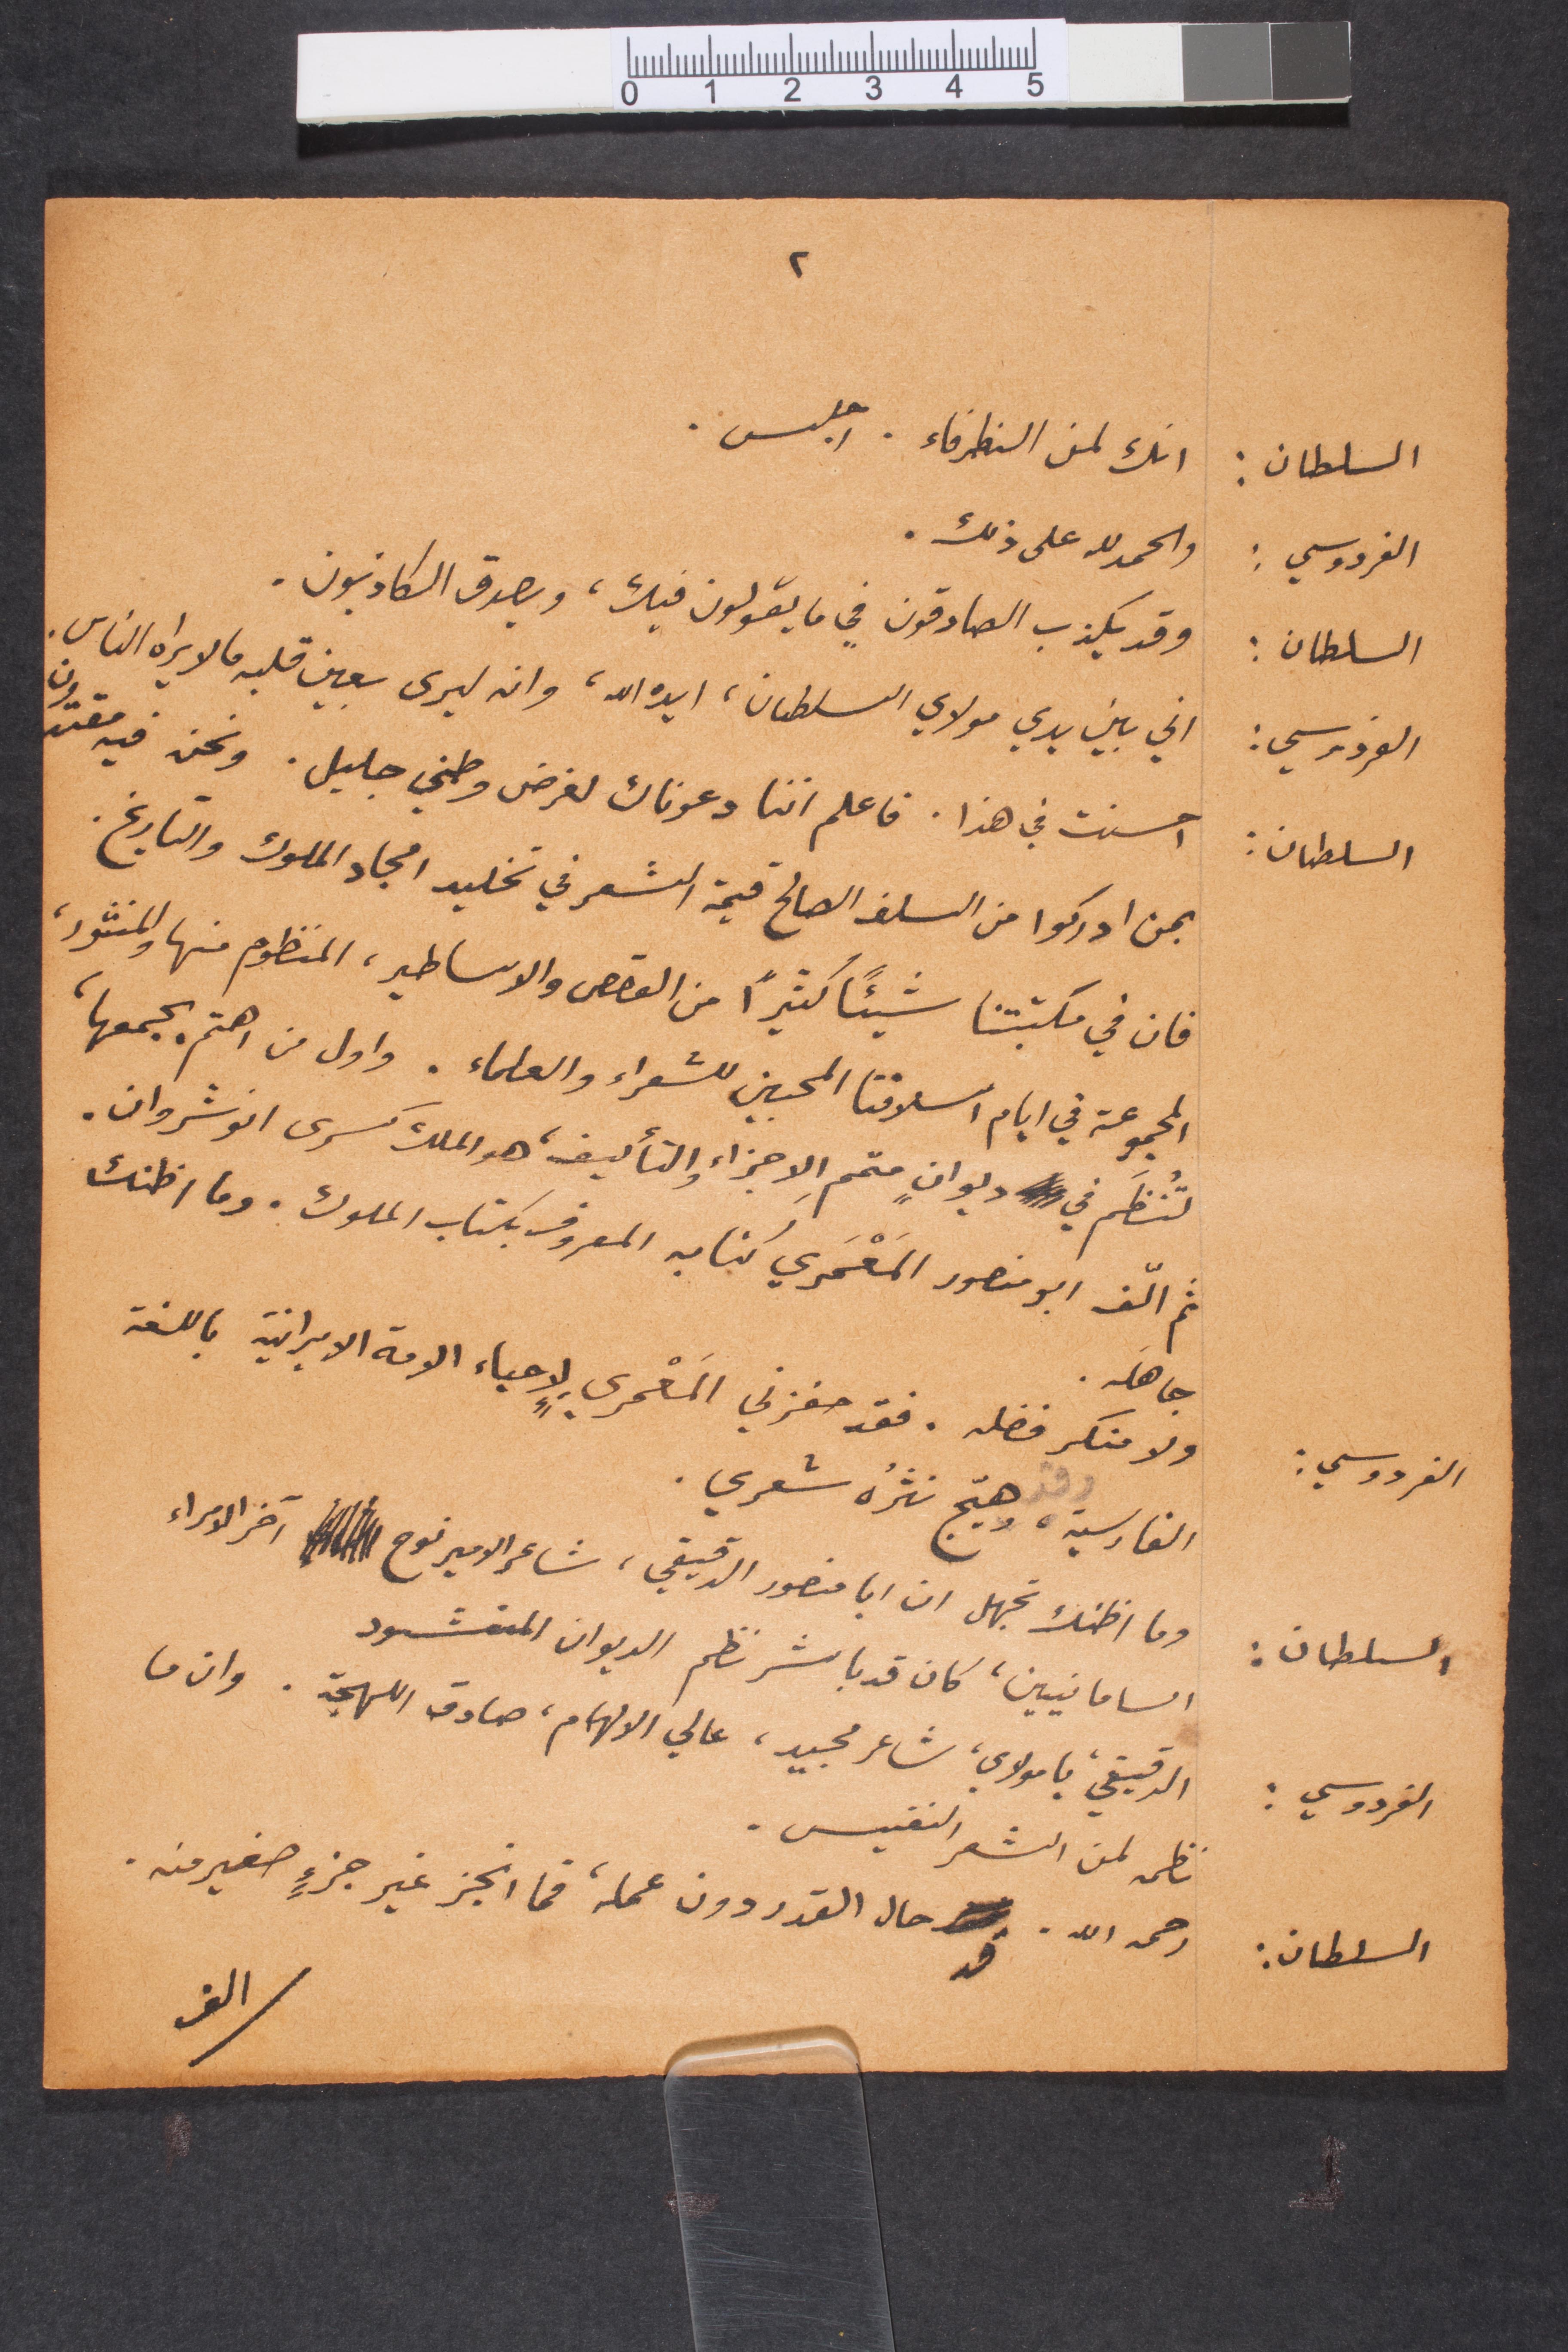
السلطان: انك لمن الظرفاء. اجلس
الفردوسي: والحمدالله على ذلك.
None
السلطان: وقد يكذب الصادقون في ما يقولون فيك، ويصدق الكاذبون.
الفردوسي: اني بين يدي مولاي السلطان، ايده الله، وانه ليرى بعين قلبه ما لا يراه الناس
السلطان: احسنت في هذا. فاعلم اننا دعوناك لغرض وطني جليل. ونحن فيه مقتدون
بمن ادركوا من السلف الصالح قيمة الشعر في تخليد امجاد الملوك والتاريخ
فان في مكتبتنا شيئًا كثيرًا من القصص والاساطير المنظوم منها والمنشود
المجموعة في أيام اسلافنا المحبين للشعراء والعلماء. وأول من اهتم بجمعها
تُنظم في ديوان متمم الأجزاء والتأليف، وهو الملك كسرى انوشروان
ثم ألّف أبو منصور المَعمري كتابه المعروف بكتاب الملوك. وما اظنك
جاهله
الفردوسي: ولا منكر فضله. فقد حفزني المَعمري لاحياء الامة الإيرانية باللغة
الفارسية وهيّج نثره شعري
السلطان: وما اظنك تجهل ان أبا منصور الدقيقي، شاعر الأمير نوح آخر الامراء
السامانيين، كان قد باشر نظم الديوان المنشود
الفردوسي: الدقيقي يا مولاي، شاعر مجيد، عالي الالهام، صادق اللهجة، وان ما
نظمه لمن الشعر النفيس
السلطان: رجمه الله. قد حال القدر دون عمله، فما انجز غير جزء صغير منه.
الف